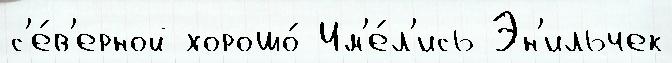
с'е́в'ерной хорошо́ Им'е́л'ись Эн'ильчек